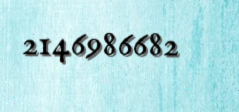
2146986682